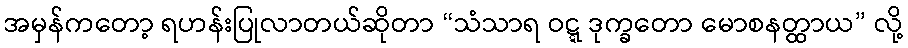
အမှန်ကတော့ ရဟန်းပြုလာတယ်ဆိုတာ “သံသာရ ဝဋ္ဋ ဒုက္ခတော မောစနတ္ထာယ” လို့